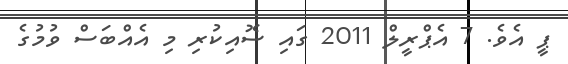
ޕީ އެވެ. 7 އެޕްރީލް 2011 ގައި ސޮއިކުރި މި އެއްބަސް ވުމުގެ